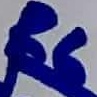
Text: R6